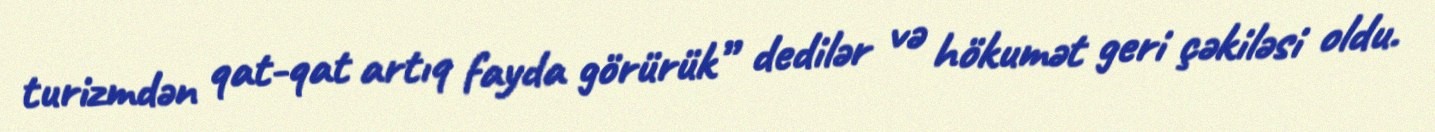
turizmdən qat-qat artıq fayda görürük” dedilər və hökumət geri çəkiləsi oldu.